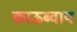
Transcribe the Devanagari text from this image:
काऊब्वाय